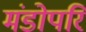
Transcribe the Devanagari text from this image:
मंडोपरि